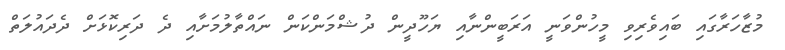
މުޒާހަރާގައި ބައިވެރިވި މީހުންވަނީ އަރަބީންނާއި ޔަހޫދީން ދުޝްމަންކަން ނައްތާލުމަށާއި ދެ ދަރިކޮޅަށް ދެދައުލަތް